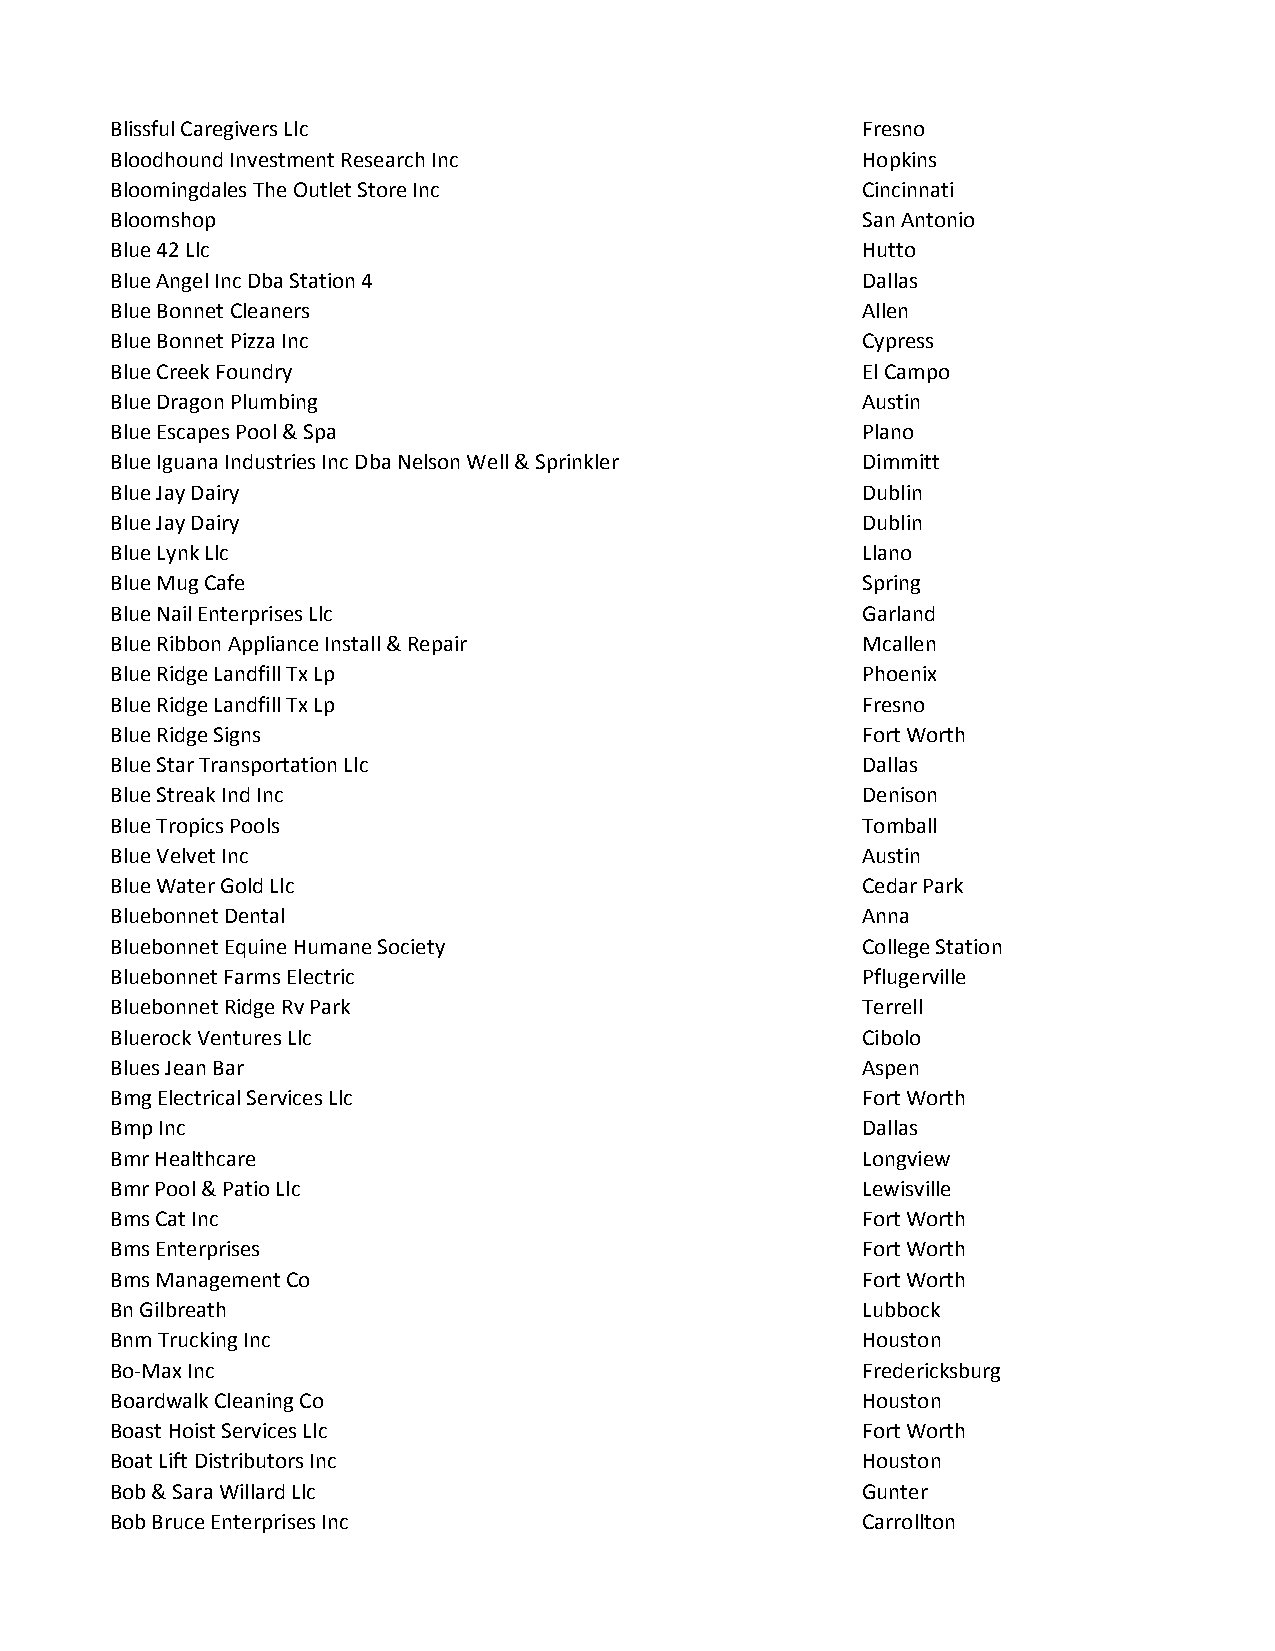
Blissful Caregivers Llc                           Fresno
 Bloodhound Investment Research Inc                Hopkins
 Bloomingdales The Outlet Store Inc                Cincinnati
 Bloomshop                                         San Antonio
 Blue 42 Llc                                       Hutto
 Blue Angel Inc Dba Station 4                      Dallas
 Blue Bonnet Cleaners                              Allen
 Blue Bonnet Pizza Inc                             Cypress
 Blue Creek Foundry                                El Campo
 Blue Dragon Plumbing                              Austin
 Blue Escapes Pool & Spa                           Plano
 Blue Iguana Industries Inc Dba Nelson Well & Sprinkler Dimmitt
 Blue Jay Dairy                                    Dublin
 Blue Jay Dairy                                    Dublin
 Blue Lynk Llc                                     Llano
 Blue Mug Cafe                                     Spring
 Blue Nail Enterprises Llc                         Garland
 Blue Ribbon Appliance Install & Repair            Mcallen
 Blue Ridge Landfill Tx Lp                         Phoenix
 Blue Ridge Landfill Tx Lp                         Fresno
 Blue Ridge Signs                                  Fort Worth
 Blue Star Transportation Llc                      Dallas
 Blue Streak Ind Inc                               Denison
 Blue Tropics Pools                                Tomball
 Blue Velvet Inc                                   Austin
 Blue Water Gold Llc                               Cedar Park
 Bluebonnet Dental                                 Anna
 Bluebonnet Equine Humane Society                  College Station
 Bluebonnet Farms Electric                         Pflugerville
 Bluebonnet Ridge Rv Park                          Terrell
 Bluerock Ventures Llc                             Cibolo
 Blues Jean Bar                                    Aspen
 Bmg Electrical Services Llc                       Fort Worth
 Bmp Inc                                           Dallas
 Bmr Healthcare                                    Longview
 Bmr Pool & Patio Llc                              Lewisville
 Bms Cat Inc                                       Fort Worth
 Bms Enterprises                                   Fort Worth
 Bms Management Co                                 Fort Worth
 Bn Gilbreath                                      Lubbock
 Bnm Trucking Inc                                  Houston
 Bo-Max Inc                                        Fredericksburg
 Boardwalk Cleaning Co                             Houston
 Boast Hoist Services Llc                          Fort Worth
 Boat Lift Distributors Inc                        Houston
 Bob & Sara Willard Llc                            Gunter
 Bob Bruce Enterprises Inc                         Carrollton